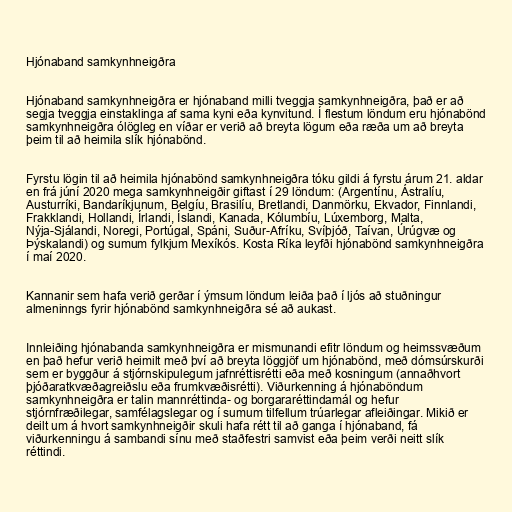
Hjónaband samkynhneigðra

Hjónaband samkynhneigðra er hjónaband milli tveggja samkynhneigðra, það er að
segja tveggja einstaklinga af sama kyni eða kynvitund. Í flestum löndum eru hjónabönd
samkynhneigðra ólögleg en víðar er verið að breyta lögum eða ræða um að breyta
þeim til að heimila slík hjónabönd.

Fyrstu lögin til að heimila hjónabönd samkynhneigðra tóku gildi á fyrstu árum 21. aldar
en frá júní 2020 mega samkynhneigðir giftast í 29 löndum: (Argentínu, Ástralíu,
Austurríki, Bandaríkjunum, Belgíu, Brasilíu, Bretlandi, Danmörku, Ekvador, Finnlandi,
Frakklandi, Hollandi, Írlandi, Íslandi, Kanada, Kólumbíu, Lúxemborg, Malta,
Nýja-Sjálandi, Noregi, Portúgal, Spáni, Suður-Afríku, Svíþjóð, Taívan, Úrúgvæ og
Þýskalandi) og sumum fylkjum Mexíkós. Kosta Ríka leyfði hjónabönd samkynhneigðra
í maí 2020.

Kannanir sem hafa verið gerðar í ýmsum löndum leiða það í ljós að stuðningur
almeninngs fyrir hjónabönd samkynhneigðra sé að aukast.

Innleiðing hjónabanda samkynhneigðra er mismunandi efitr löndum og heimssvæðum
en það hefur verið heimilt með því að breyta löggjöf um hjónabönd, með dómsúrskurði
sem er byggður á stjórnskipulegum jafnréttisrétti eða með kosningum (annaðhvort
þjóðaratkvæðagreiðslu eða frumkvæðisrétti). Viðurkenning á hjónaböndum
samkynhneigðra er talin mannréttinda- og borgararéttindamál og hefur
stjórnfræðilegar, samfélagslegar og í sumum tilfellum trúarlegar afleiðingar. Mikið er
deilt um á hvort samkynhneigðir skuli hafa rétt til að ganga í hjónaband, fá
viðurkenningu á sambandi sínu með staðfestri samvist eða þeim verði neitt slík
réttindi.